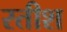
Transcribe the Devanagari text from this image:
रतीश